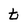
Character: t